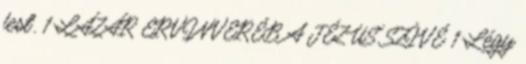
fest. 1 LÁZÁR ERVINVERÉB A JÉZUS SZÍVÉ 1 Légy